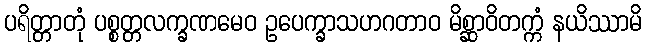
ပရိတ္တာတုံ ပစ္စတ္တလက္ခဏမေဝ ဥပေက္ခာသဟဂတာဝ မိစ္ဆာဝိတက္ကံ နယိဿာမိ